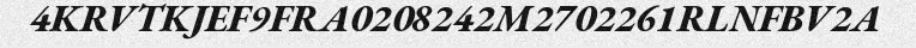
4KRVTKJEF9FRA0208242M2702261RLNFBV2A